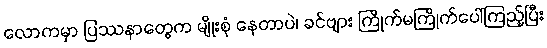
လောကမှာ ပြဿနာတွေက မျိုးစုံ နေတာပဲ၊ ခင်ဗျား ကြိုက်မကြိုက်ပေါ်ကြည့်ပြီး